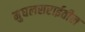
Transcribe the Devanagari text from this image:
मुघलसराईतील